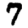
Digit: 7